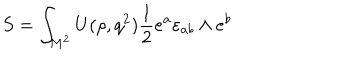
LaTeX: S = \int _ { M ^ { 2 } } ^ { } U ( \rho , q ^ { 2 } ) { \frac { 1 } { 2 } } e ^ { a } \varepsilon _ { a b } \wedge e ^ { b }